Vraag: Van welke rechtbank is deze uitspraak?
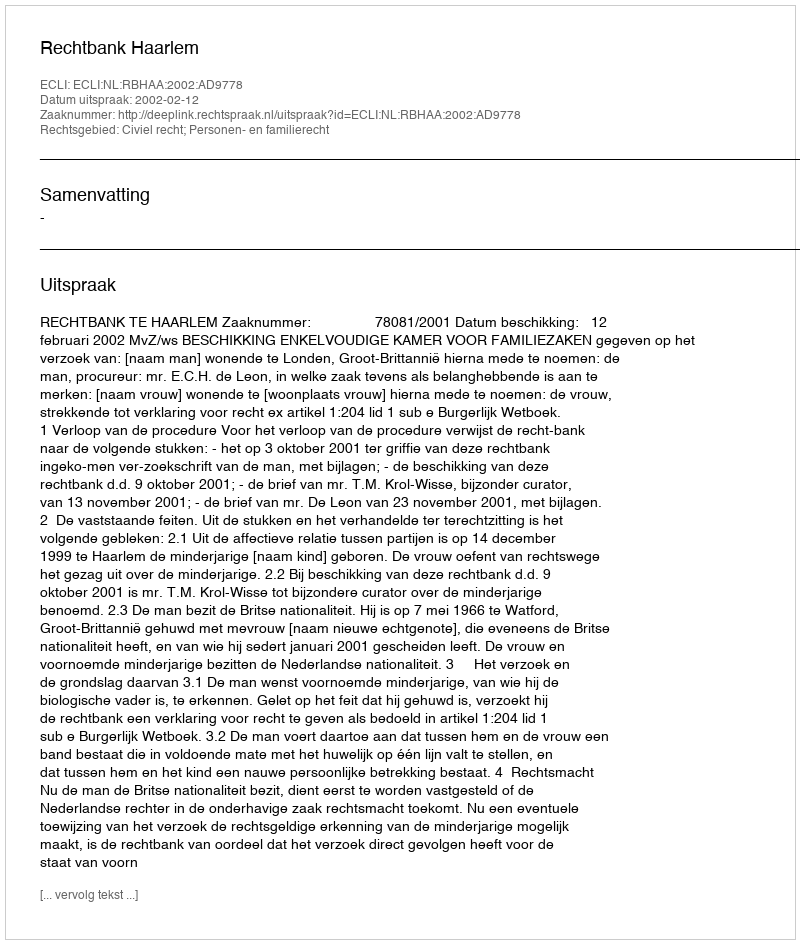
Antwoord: Rechtbank Haarlem